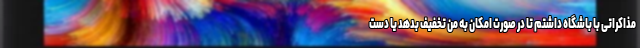
مذاکراتی با باشگاه داشتم تا در صورت امکان به من تخفیف بدهد یا دست